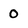
Character: 0